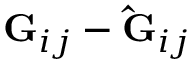
\mathbf { G } _ { i j } - \mathbf { \hat { G } } _ { i j }